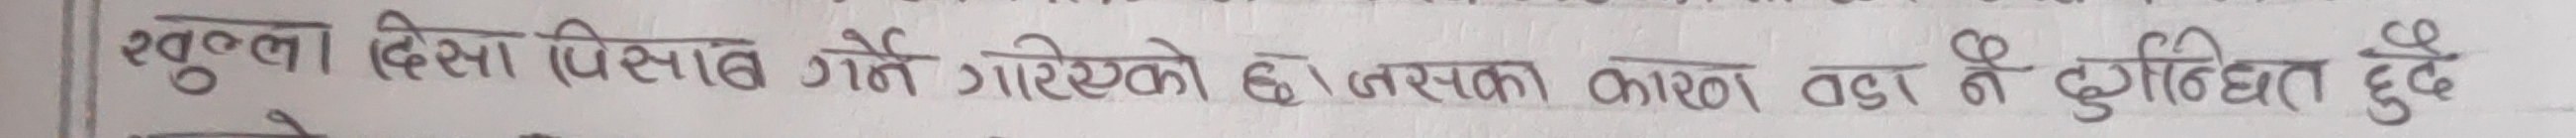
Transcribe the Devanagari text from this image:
स्कूलका दिशा पिसाब गर्ने गरिएको छ। जसका कारण वा नै दुगन्धिंत हुंदै